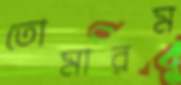
তোমারম